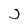
Character: j